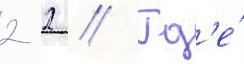
2 2 // Гд'е́